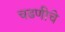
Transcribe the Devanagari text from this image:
चढणीचे